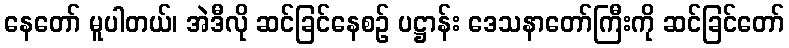
နေတော် မူပါတယ်၊ အဲဒီလို ဆင်ခြင်နေစဉ် ပဋ္ဌာန်း ဒေသနာတော်ကြီးကို ဆင်ခြင်တော်